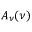
A _ { \nu } ( \nu )